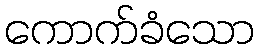
ကောက်ခံသော